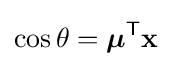
\cos \theta ={\boldsymbol {\mu }}^{\mathsf {T}}\mathbf {x}